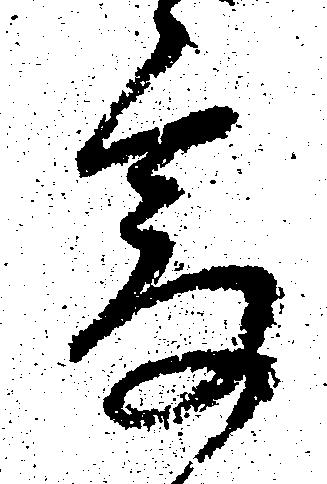
寄